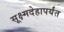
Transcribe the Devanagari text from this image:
सूक्ष्मदेहापर्यंत